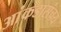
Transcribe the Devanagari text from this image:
आंकडासंचय